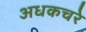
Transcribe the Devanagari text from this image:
अधकचरे